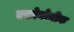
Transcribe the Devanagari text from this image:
एकोनोमीक